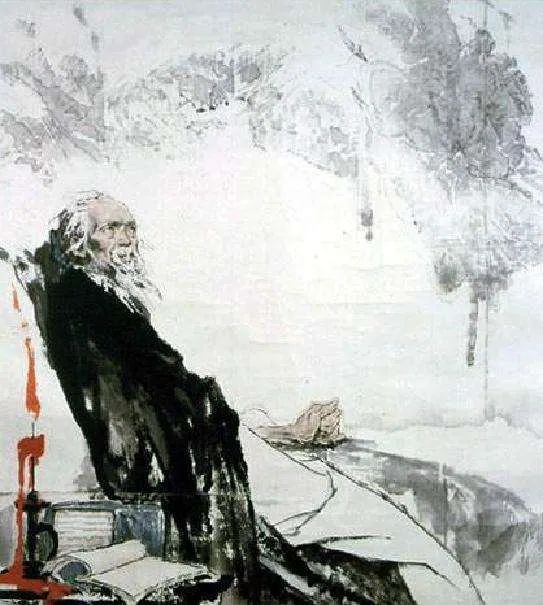
此生谁料，心在天山，身老沧洲。